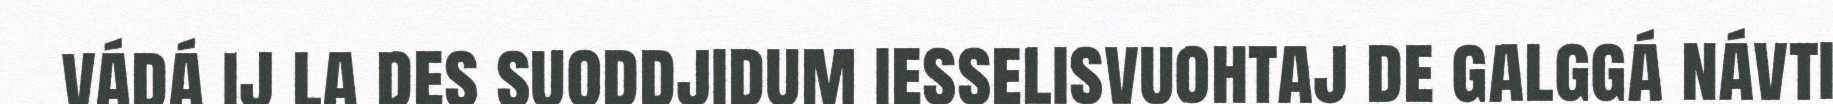
vádá ij la des suoddjidum iesselisvuohtaj de galggá návti